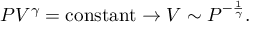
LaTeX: P V ^ { \gamma } = { \mathrm { c o n s t a n t } } \rightarrow V \sim P ^ { - { \frac { 1 } { \gamma } } } .